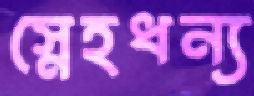
স্নেহধন্য